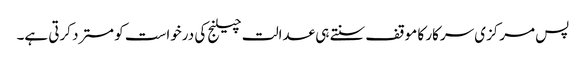
پس مرکزی سرکار کا موقف سنتے ہی عدالت چیلنج کی درخواست کو مسترد کرتی ہے۔